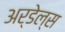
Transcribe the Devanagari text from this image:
अर्डेल्स